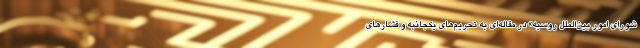
شورای امور بین‌الملل روسیه» در مقاله‌ای به تحریم‌های یکجانبه و فشارهای